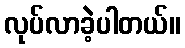
လုပ်လာခဲ့ပါတယ်။